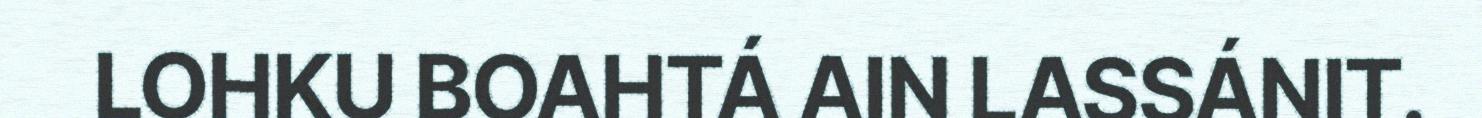
LOHKU BOAHTÁ AIN LASSÁNIT.